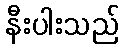
နီးပါးသည်